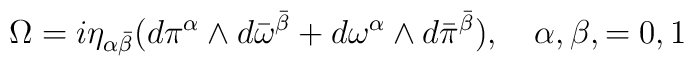
\Omega =i\eta_{\alpha{\bar\beta}}(d\pi^\alpha\wedge d{\bar\omega}^{\bar\beta} + d{\omega}^{\alpha}\wedge d{\bar\pi}^{{\bar\beta}}), \quad \alpha,\beta,=0,1